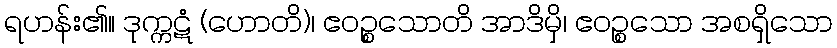
ရဟန်း၏။ ဒုက္ကဋံ (ဟောတိ)၊ ဧဝဉ္စသောတိ အာဒိမှိ၊ ဧဝဉ္စသော အစရှိသော